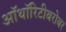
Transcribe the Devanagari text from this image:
ऑथॉरिटीबरोबर